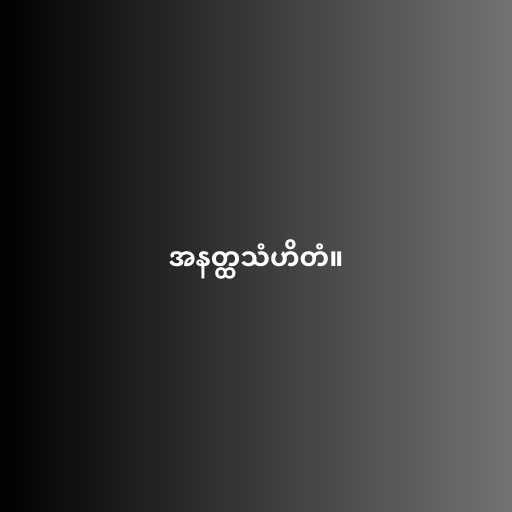
အနတ္ထသံဟိတံ။